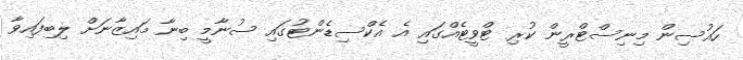
ހައުސިން މިނިސްޓްރީން ކުރި ޓްވީޓެއްގައި އެ އެކްސިޑެންޓުގައި ސުނާމީ ބިނާ މައިޒާނަށް ލިބިފައިވާ